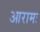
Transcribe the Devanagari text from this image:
आरामः